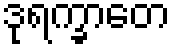
ဒုရက္ခာတေ